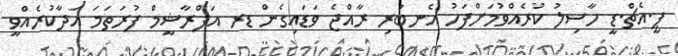
ޕީ.އެޗް.ޑީ ހާސިލު ކުރެއްވުމަށްފަހު އެނބުރި ރާއްޖެ ވަޑައިގެން ޑރ އަފްރާޝީމް ފުރަތަމަ އަދާކުރެއްވީ